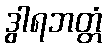
ဒွါရဘတ္တံ